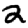
Digit: 2